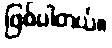
ဖြစ်ပါတယ်။